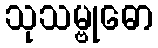
သုသမ္ဗုဓော